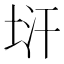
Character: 𭎚